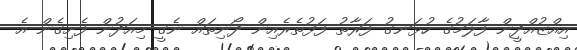
އިއްޒުއްދީން ފާލަމުގެ ހުޅަނގު ފަރާތު ފަޅުތެރެއިން ދޯނިތައް ނެގީ މިއަދުން ފެށިގެން އެ